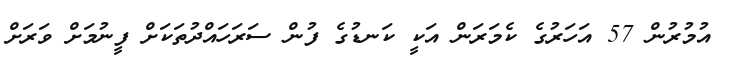
އުމުރުން 57 އަހަރުގެ ކެމަރަން އަކީ ކަނޑުގެ ފުން ސަރަހައްދުތަކަށް ފީނުމަށް ވަރަށް